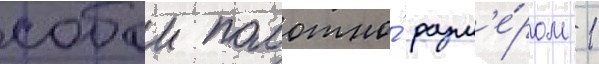
собои полотно́ разм'е́ром 1